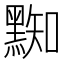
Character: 𪑜